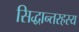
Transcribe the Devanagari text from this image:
सिद्धान्तरहस्य